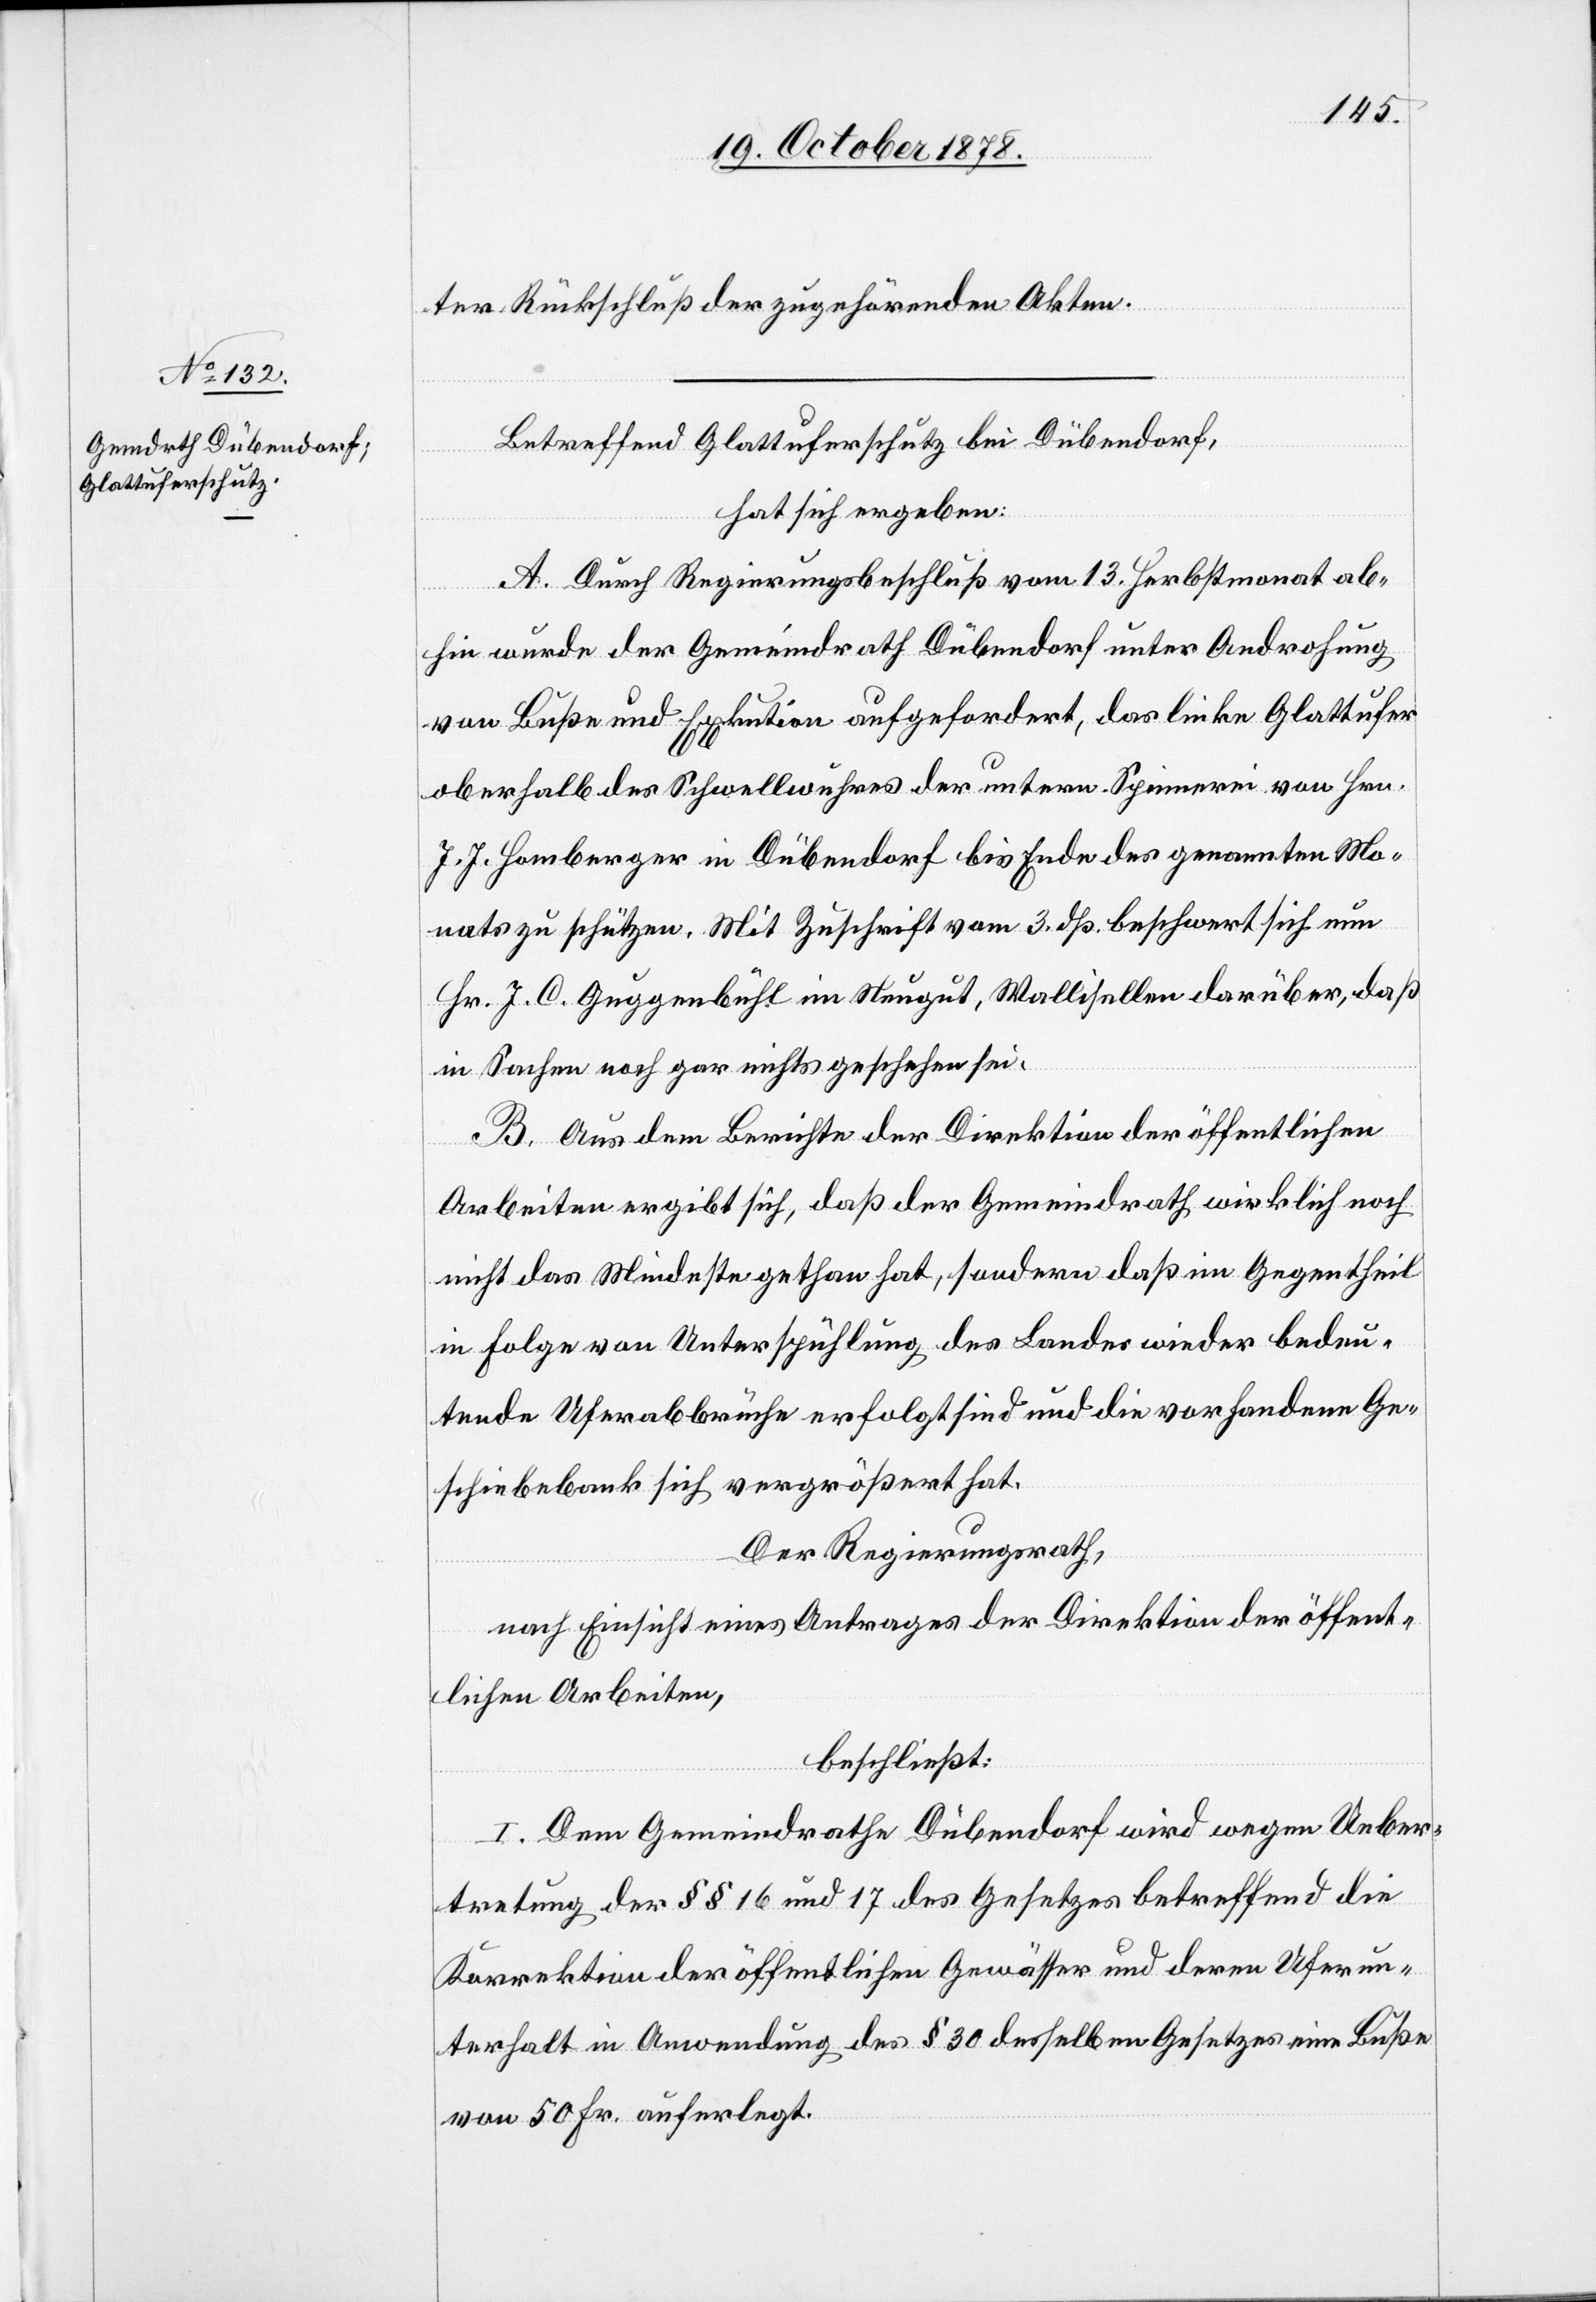
ter Rückschluß der zugehörenden Akten.
Betreffend Glattuferschutz bei Dübendorf,
hat sich ergeben:
A. Durch Regierungsbeschluß vom 13. Herbstmonat ab¬
hin wurde der Gemeindrath Dübendorf unter Androhung
von Buße und Ex[e]kution aufgefordert, das linke Glattufer
oberhalb des Schwellwuhres der untern Spinnerei von Hrn.
J. J. Homberger in Dübendorf bis Ende des genannten Mo¬
nats zu schützen. Mit Zuschrift vom 3. dß. beschwert sich nun
Hr. J. C. Guggenbühl im Neugut, Wallisellen darüber, daß
in Sachen noch gar nichts geschehen sei.
B. Aus dem Berichte der Direktion der öffentlichen
Arbeiten ergibt sich, daß der Gemeindrath wirklich noch
nicht das Mindeste gethan hat, sondern daß im Gegentheil
in Folge von Unterspühlung des Landes wieder bedeu¬
tende Uferabbrüche erfolgt sind und die vorhandene Ge¬
schiebebank sich vergrößert hat.
Der Regierungsrath,
nach Einsicht eines Antrages der Direktion der öffent¬
lichen Arbeiten,
beschließt:
I. Dem Gemeindrathe Dübendorf wird wegen Ueber¬
tretung der §§ 16 und 17 des Gesetzes betreffend die
Korrektion der öffentlichen Gewässer und deren Uferun¬
terhalt in Anwendung des § 30 desselben Gesetzes eine Buße
von 50 Fr. auferlegt.